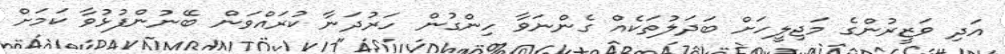
އަދި ވަޒީރުންގެ މަޖިލީހަށް ބަދަލުތަކެއް ގެންނަވާ ހިންގުން ހަރުދަނާ ކުރައްވަން ބޭނުންފުޅުވާ ކަމަށް